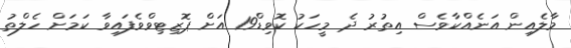
މާލެއިން އަނެއްކާވެސް އިތުރު ދެ މީހަކު ކޮވިޑް19 އަށް ޕޮޒިޓިވްވެފައިވާ ކަމަށް ހެލްތު